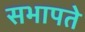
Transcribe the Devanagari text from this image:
सभापते